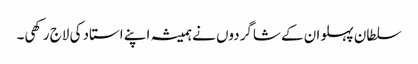
سلطان پہلوان کے شاگردوں نے ہمیشہ اپنے استاد کی لاج رکھی۔